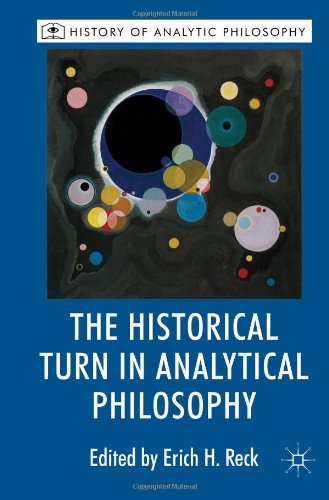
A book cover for The Historical Turn in Analytic Philosophy (History of Analytic Philosophy); Erich H. Reck; Politics & Social Sciences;